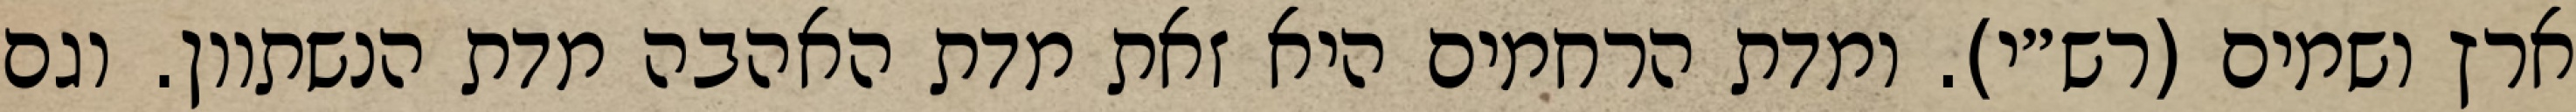
ארץ ושמים (רש״י). ומדת הרחמים היא זאת מדת האהבה מדת הנשתוון. וגם